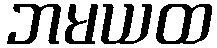
ဘမယထ